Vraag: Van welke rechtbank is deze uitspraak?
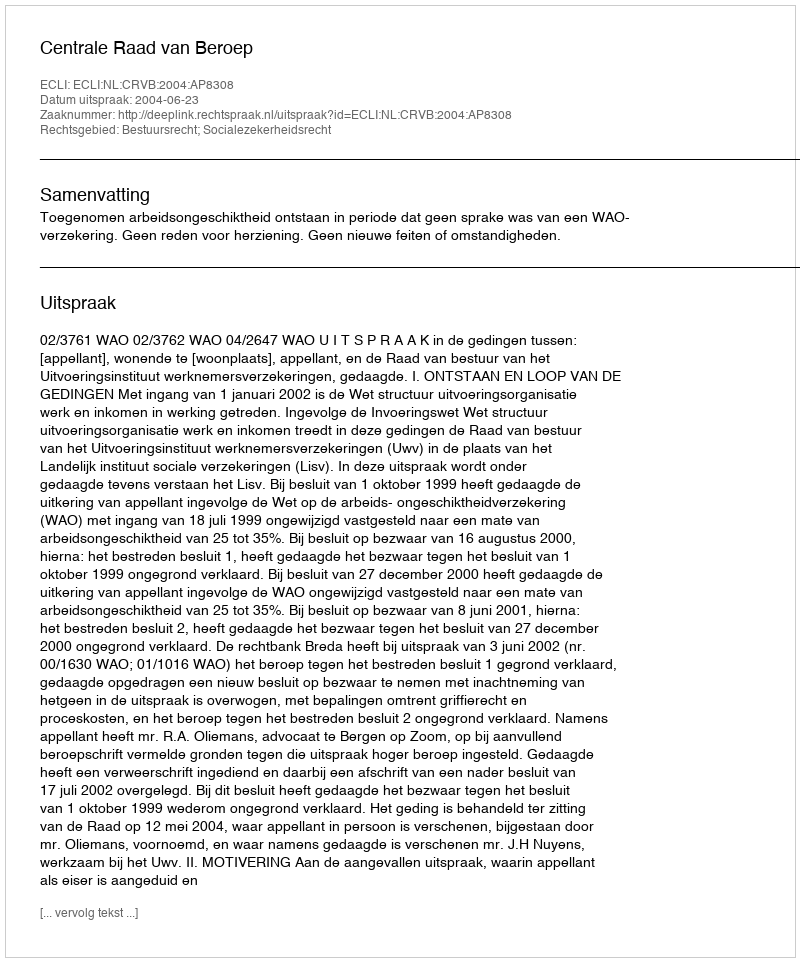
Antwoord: Centrale Raad van Beroep